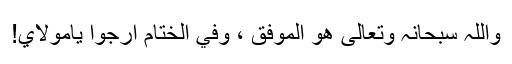
واللّٰہ سبحانہٗ وتعالٰی ھو الموفّق ، وفي الختام أرجوا یامولايَ!